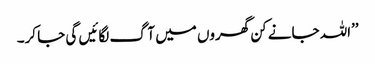
’’اللہ جانے کن گھروں میں آگ لگائیں گی جا کر۔